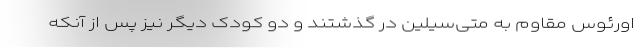
اورئوس مقاوم به متی‌سیلین در گذشتند و دو کودک دیگر نیز پس از آنکه